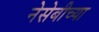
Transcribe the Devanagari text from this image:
नेसेबीच्या